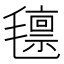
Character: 𭯨